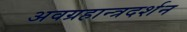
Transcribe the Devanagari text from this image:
अवग्रहान्त्रदर्शन